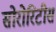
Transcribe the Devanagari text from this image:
सोरोरिटीस